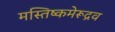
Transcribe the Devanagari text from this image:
मस्तिष्कमेरूद्रव